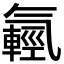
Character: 𣱮